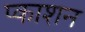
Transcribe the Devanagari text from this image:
प्काशन